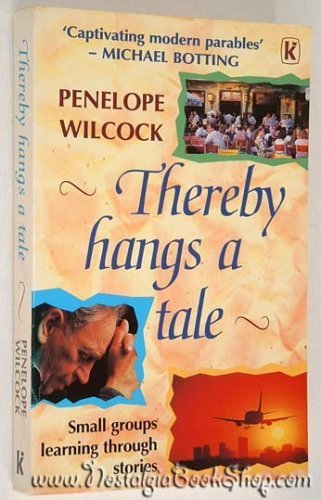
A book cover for Thereby Hangs a Tale; Penelope Wilcock; Christian Books & Bibles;